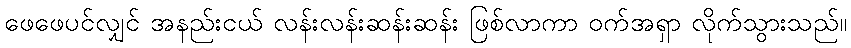
ဖေဖေပင်လျှင် အနည်းငယ် လန်းလန်းဆန်းဆန်း ဖြစ်လာကာ ဝက်အရှာ လိုက်သွားသည်။